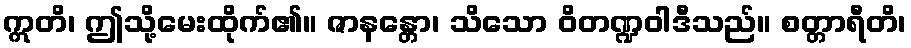
ဣတိ၊ ဤသို့မေးထိုက်၏။ ဇာနန္တော၊ သိသော ဝိတဏ္ဍဝါဒီသည်။ စတ္တာရီတိ၊